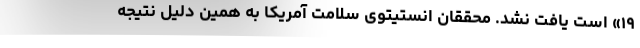
۱۹» است یافت نشد. محققان انستیتوی سلامت آمریکا به همین دلیل نتیجه